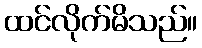
ထင်လိုက်မိသည်။